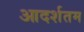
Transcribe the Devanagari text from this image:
आदर्शतम